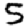
Digit: 5